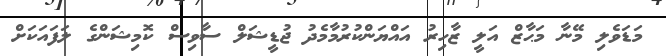
މަޑަވެލި މޭނާ މަޙާޒް އަލީ ޒާހިރު އައްޔަންކުރުމާމެދު ޖުޑީޝަލް ސާވިސް ކޮމިޝަންގެ ލަފައަކަށް